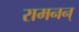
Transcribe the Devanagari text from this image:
रामनन्‌